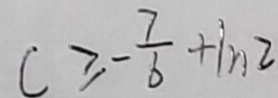
c \geq - \frac { 7 } { 6 } + \ln 2